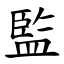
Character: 監